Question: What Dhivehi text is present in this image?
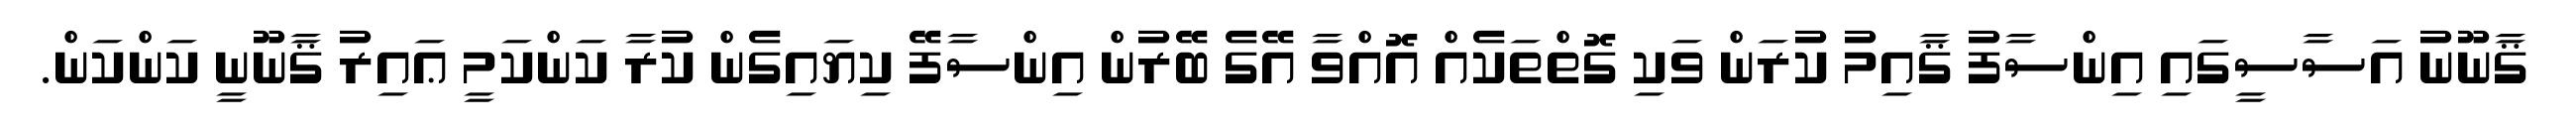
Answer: ޤާނޫނު އަސާސީގައި އިންސާފު ޤާއިމު ކުރަން ވަކި ގޮތްތަކެއް އޮއްވާ އޭގެ ބޭރުން އިންސާފޭ ކިޔައިގެން ކުރާ ކަންކަމީ ޢައިރު ޤާނޫނީ ކަންކަން.